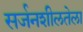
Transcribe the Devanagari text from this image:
सर्जनशीलतेला